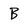
Character: B